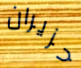
حزيران